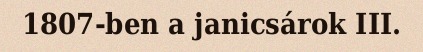
1807-ben a janicsárok III.